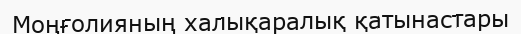
Моңғолияның халықаралық қатынастары